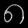
Digit: ၈